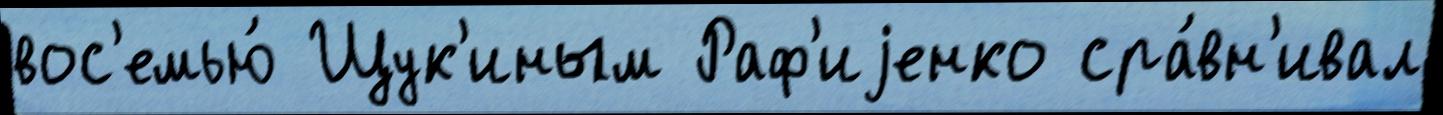
вос'емью́ Щук'иным Раф'иjенко сра́вн'ивал